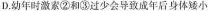
D.幼年时激素②和③过少会导致成年后身体矮小